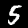
Digit: 5